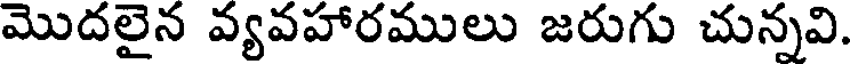
మొదలైన వ్యవహారములు జరుగు చున్నవి.